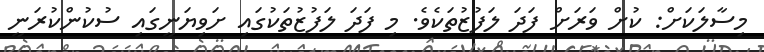
މިސާލަކަށް: ކުށް ވަރަށް ފަދަ ލަފުޒުތަކެވެ. މި ފަދަ ލަފުޒުތަކުގައި ށަވިޔަނީގައި ސުކުންކުރަނީ